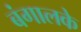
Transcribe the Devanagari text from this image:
बंगालके